Document type: Sale
Year: 1274
Scribe: [Unknown]
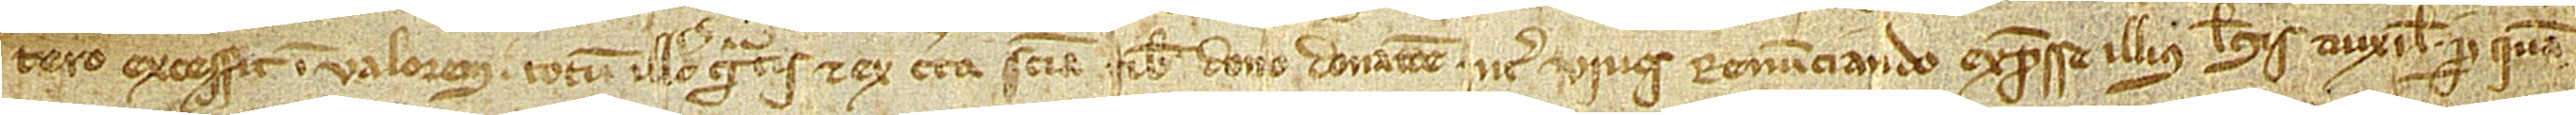
tero excessit in valorem, totum illud gratis et ex certa sciencia tibi dono donatione inter vivos, renunciando expresse illius legis auxilii per quam